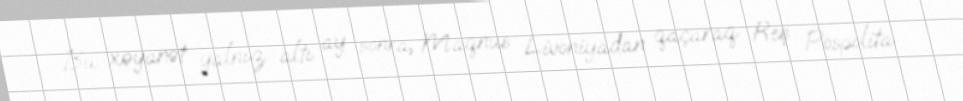
Bu xəyanət yalnız altı ay sonra, Maqnus Livoniyadan qaçaraq Reş Pospolita